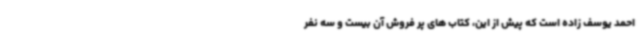
احمد یوسف زاده است که پیش از این، کتاب های پر فروش آن بیست و سه نفر